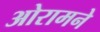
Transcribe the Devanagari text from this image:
ओरामने